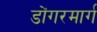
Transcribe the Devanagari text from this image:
डोंगरमार्ग